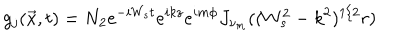
LaTeX: g _ { j } ( \vec { x } , t ) = N _ { 2 } e ^ { - i W _ { s } t } e ^ { i k z } e ^ { i m \phi } J _ { \nu _ { m } } ( ( W _ { s } ^ { 2 } - k ^ { 2 } ) ^ { 1 / 2 } r )